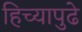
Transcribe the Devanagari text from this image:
हिच्यापुढे